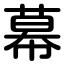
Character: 幕